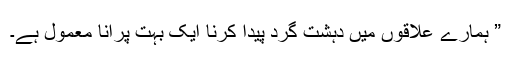
” ہمارے علاقوں میں دہشت گرد پیدا کرنا ایک بہت پرانا معمول ہے۔